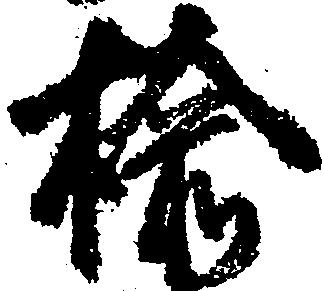
楡